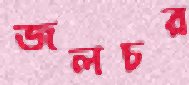
জলচর